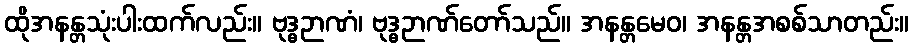
ထိုအနန္တသုံးပါးထက်လည်း။ ဗုဒ္ဓဉာဏံ၊ ဗုဒ္ဓဉာဏ်တော်သည်။ အနန္တမေဝ၊ အနန္တအစစ်သာတည်း။